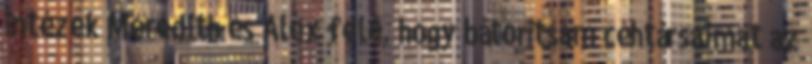
intézek Meredith és Alex felé, hogy bátorítsam céhtársaimat az